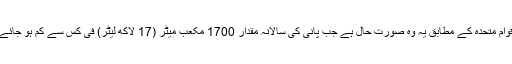
اقوامِ متحدہ کے مطابق یہ وہ صورتِ حال ہے جب پانی کی سالانہ مقدار 1700 مکعب میٹر (17 لاکھ لیٹر) فی کس سے کم ہو جائے۔